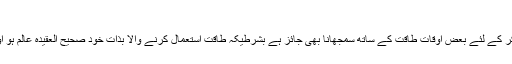
(الموطأ 1/ 104 ح 231 وسندہ صحیح)
معلوم ہوا کہ امر بالمعروف اور نہی عن المنکر کے لئے بعض اوقات طاقت کے ساتھ سمجھانا بھی جائز ہے بشرطیکہ طاقت استعمال کرنے والا بذاتِ خود صحیح العقیدہ عالم ہو اور اسے اصحابِ اقتدار کی حمایت حاصل ہو۔